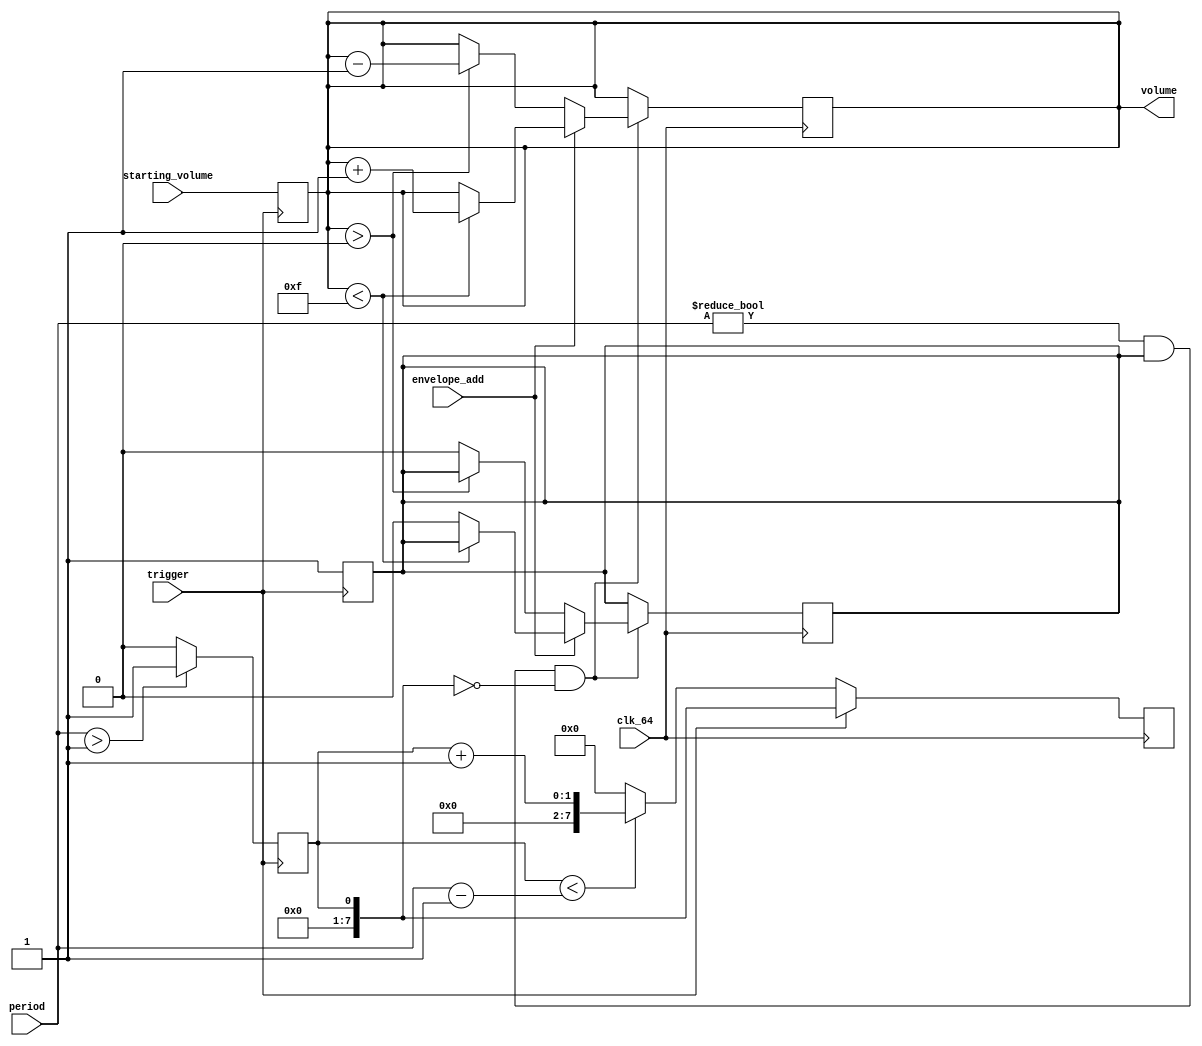
module volumizer(

   input clk_64,
   input envelope_add,
   input trigger,
   input[2:0] period,
   input[3:0] starting_volume,

   output reg[3:0] volume

);


   reg[7:0] period_counter;
   reg change_enable;
   wire period_enable;

   assign period_enable = (period_counter == 8'b0);

   initial begin
      change_enable <= 1'b0;
      period_counter <= 8'b1;
   end

   always @(posedge clk_64) begin
      if (~trigger) begin
         if (period_counter < {5'b0, period - 3'b1})
            period_counter <= period_counter + 8'b1;
         else
            period_counter <= 8'b0;
      end
   end   

   always @(posedge trigger) begin
      volume <= starting_volume;
      change_enable <= 1'b1;
      period_counter <= (period > 3'b1) ? 8'b1 : 8'b0;
   end

   always @(posedge clk_64) begin

      if (period != 3'h0 && change_enable && period_enable) begin
         
         // Increment volume up if enabled and add mode
         if (envelope_add) begin
            if (volume < 4'hf)
               volume <= volume + 4'h1;
            else
               change_enable <= 1'b0;

         // Decrement volume if enabled and subtract mode
         end else begin
            if (volume > 4'h0)
                volume <= volume - 4'h1;
            else
               change_enable <= 1'b0;
         end

      end

   end

endmodule